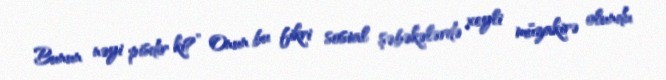
Bunun nəyi pisdir ki?” Onun bu fikri sosial şəbəkələrdə xeyli müzakirə olundu